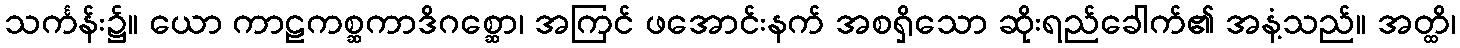
သင်္ကန်း၌။ ယော ကာဠကစ္ဆကာဒိဂစ္ဆော၊ အကြင် ဖအောင်းနက် အစရှိသော ဆိုးရည်ခေါက်၏ အနံ့သည်။ အတ္ထိ၊